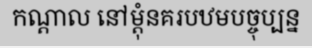
កណ្តាល នៅម្តុំនគរបឋមបច្ចុប្បន្ន